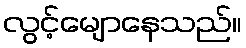
လွင့်မျောနေသည်။